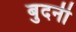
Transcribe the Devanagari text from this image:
बुदनी